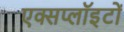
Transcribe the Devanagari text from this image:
एक्सप्लॉइटों